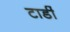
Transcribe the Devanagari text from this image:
टार्डी